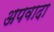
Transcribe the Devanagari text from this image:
अपवादा